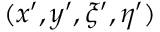
( x ^ { \prime } , y ^ { \prime } , \xi ^ { \prime } , \eta ^ { \prime } )